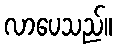
လာပေသည်။